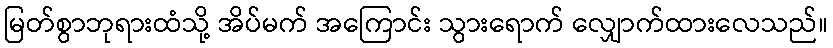
မြတ်စွာဘုရားထံသို့ အိပ်မက် အကြောင်း သွားရောက် လျှောက်ထားလေသည်။